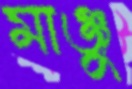
মাঞ্জু